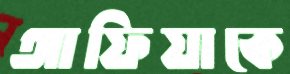
আফিয়াকে